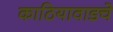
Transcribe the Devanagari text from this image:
काठियावाडचे